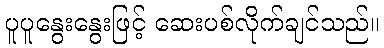
ပူပူနွေးနွေးဖြင့် ဆေးပစ်လိုက်ချင်သည်။